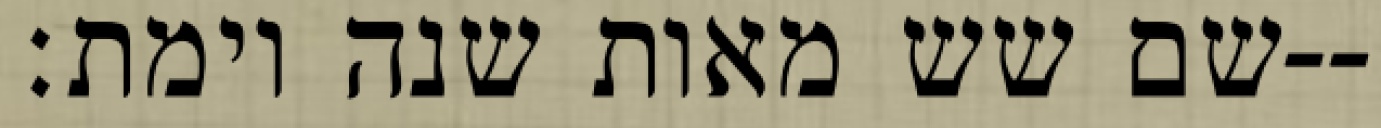
שם שש מאות שנה וימת׃--